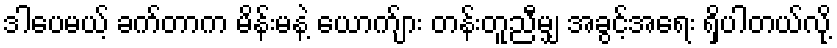
ဒါပေမယ့် ခက်တာက မိန်းမနဲ့ ယောက်ျား တန်းတူညီမျှ အခွင့်အရေး ရှိပါတယ်လို့